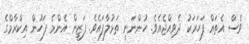
ވެސް އެތައް ފަހަރަކު ދެވިއްޖެއެވެ. ހުންނަނީ ތަޅުލާފައެވެ. ފަޒީން އެންމެ ފަހުން އިކްރާމްގެ